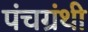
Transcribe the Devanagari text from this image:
पंचग्रंथी